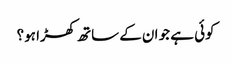
کوئی ہے جو ان کے ساتھ کھڑا ہو؟